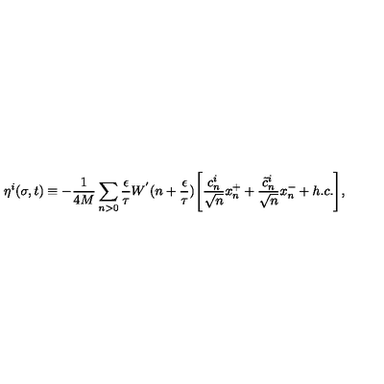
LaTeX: \eta ^ { i } ( \sigma , t ) \equiv - \frac { 1 } { 4 M } \sum _ { n > 0 } \frac { \epsilon } { \tau } W ^ { ' } ( n + \frac { \epsilon } { \tau } ) \Biggl [ \frac { c _ { n } ^ { i } } { \sqrt { n } } x _ { n } ^ { + } + \frac { \tilde { c } _ { n } ^ { i } } { \sqrt { n } } x _ { n } ^ { - } + h . c . \Biggr ] ,